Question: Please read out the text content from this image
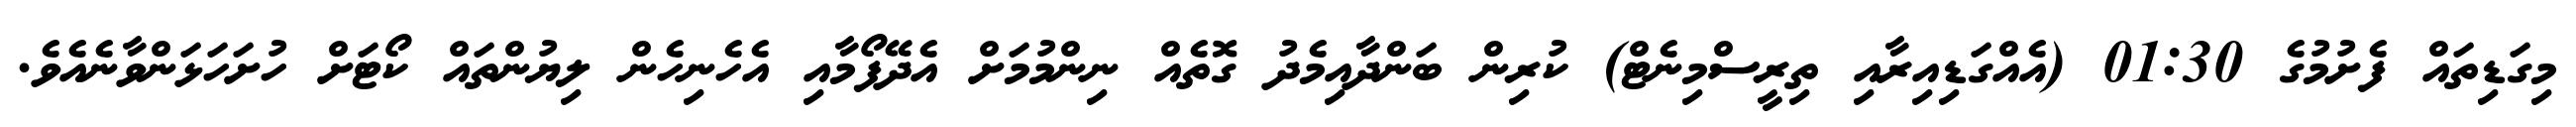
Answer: މިގަޑިތައް ފެށުމުގެ 01:30 (އެއްގަޑިއިރާއި ތިރީސްމިނެޓް) ކުރިން ބަންދާއިމެދު ގޮތެއް ނިންމުމަށް އެދޭފޯމާއި އެހެނިހެން ލިޔުންތައް ކޯޓަށް ހުށަހަޅަންވާނެއެވެ.